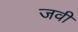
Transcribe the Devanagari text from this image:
जवी